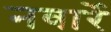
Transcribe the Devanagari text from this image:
नवार्रे